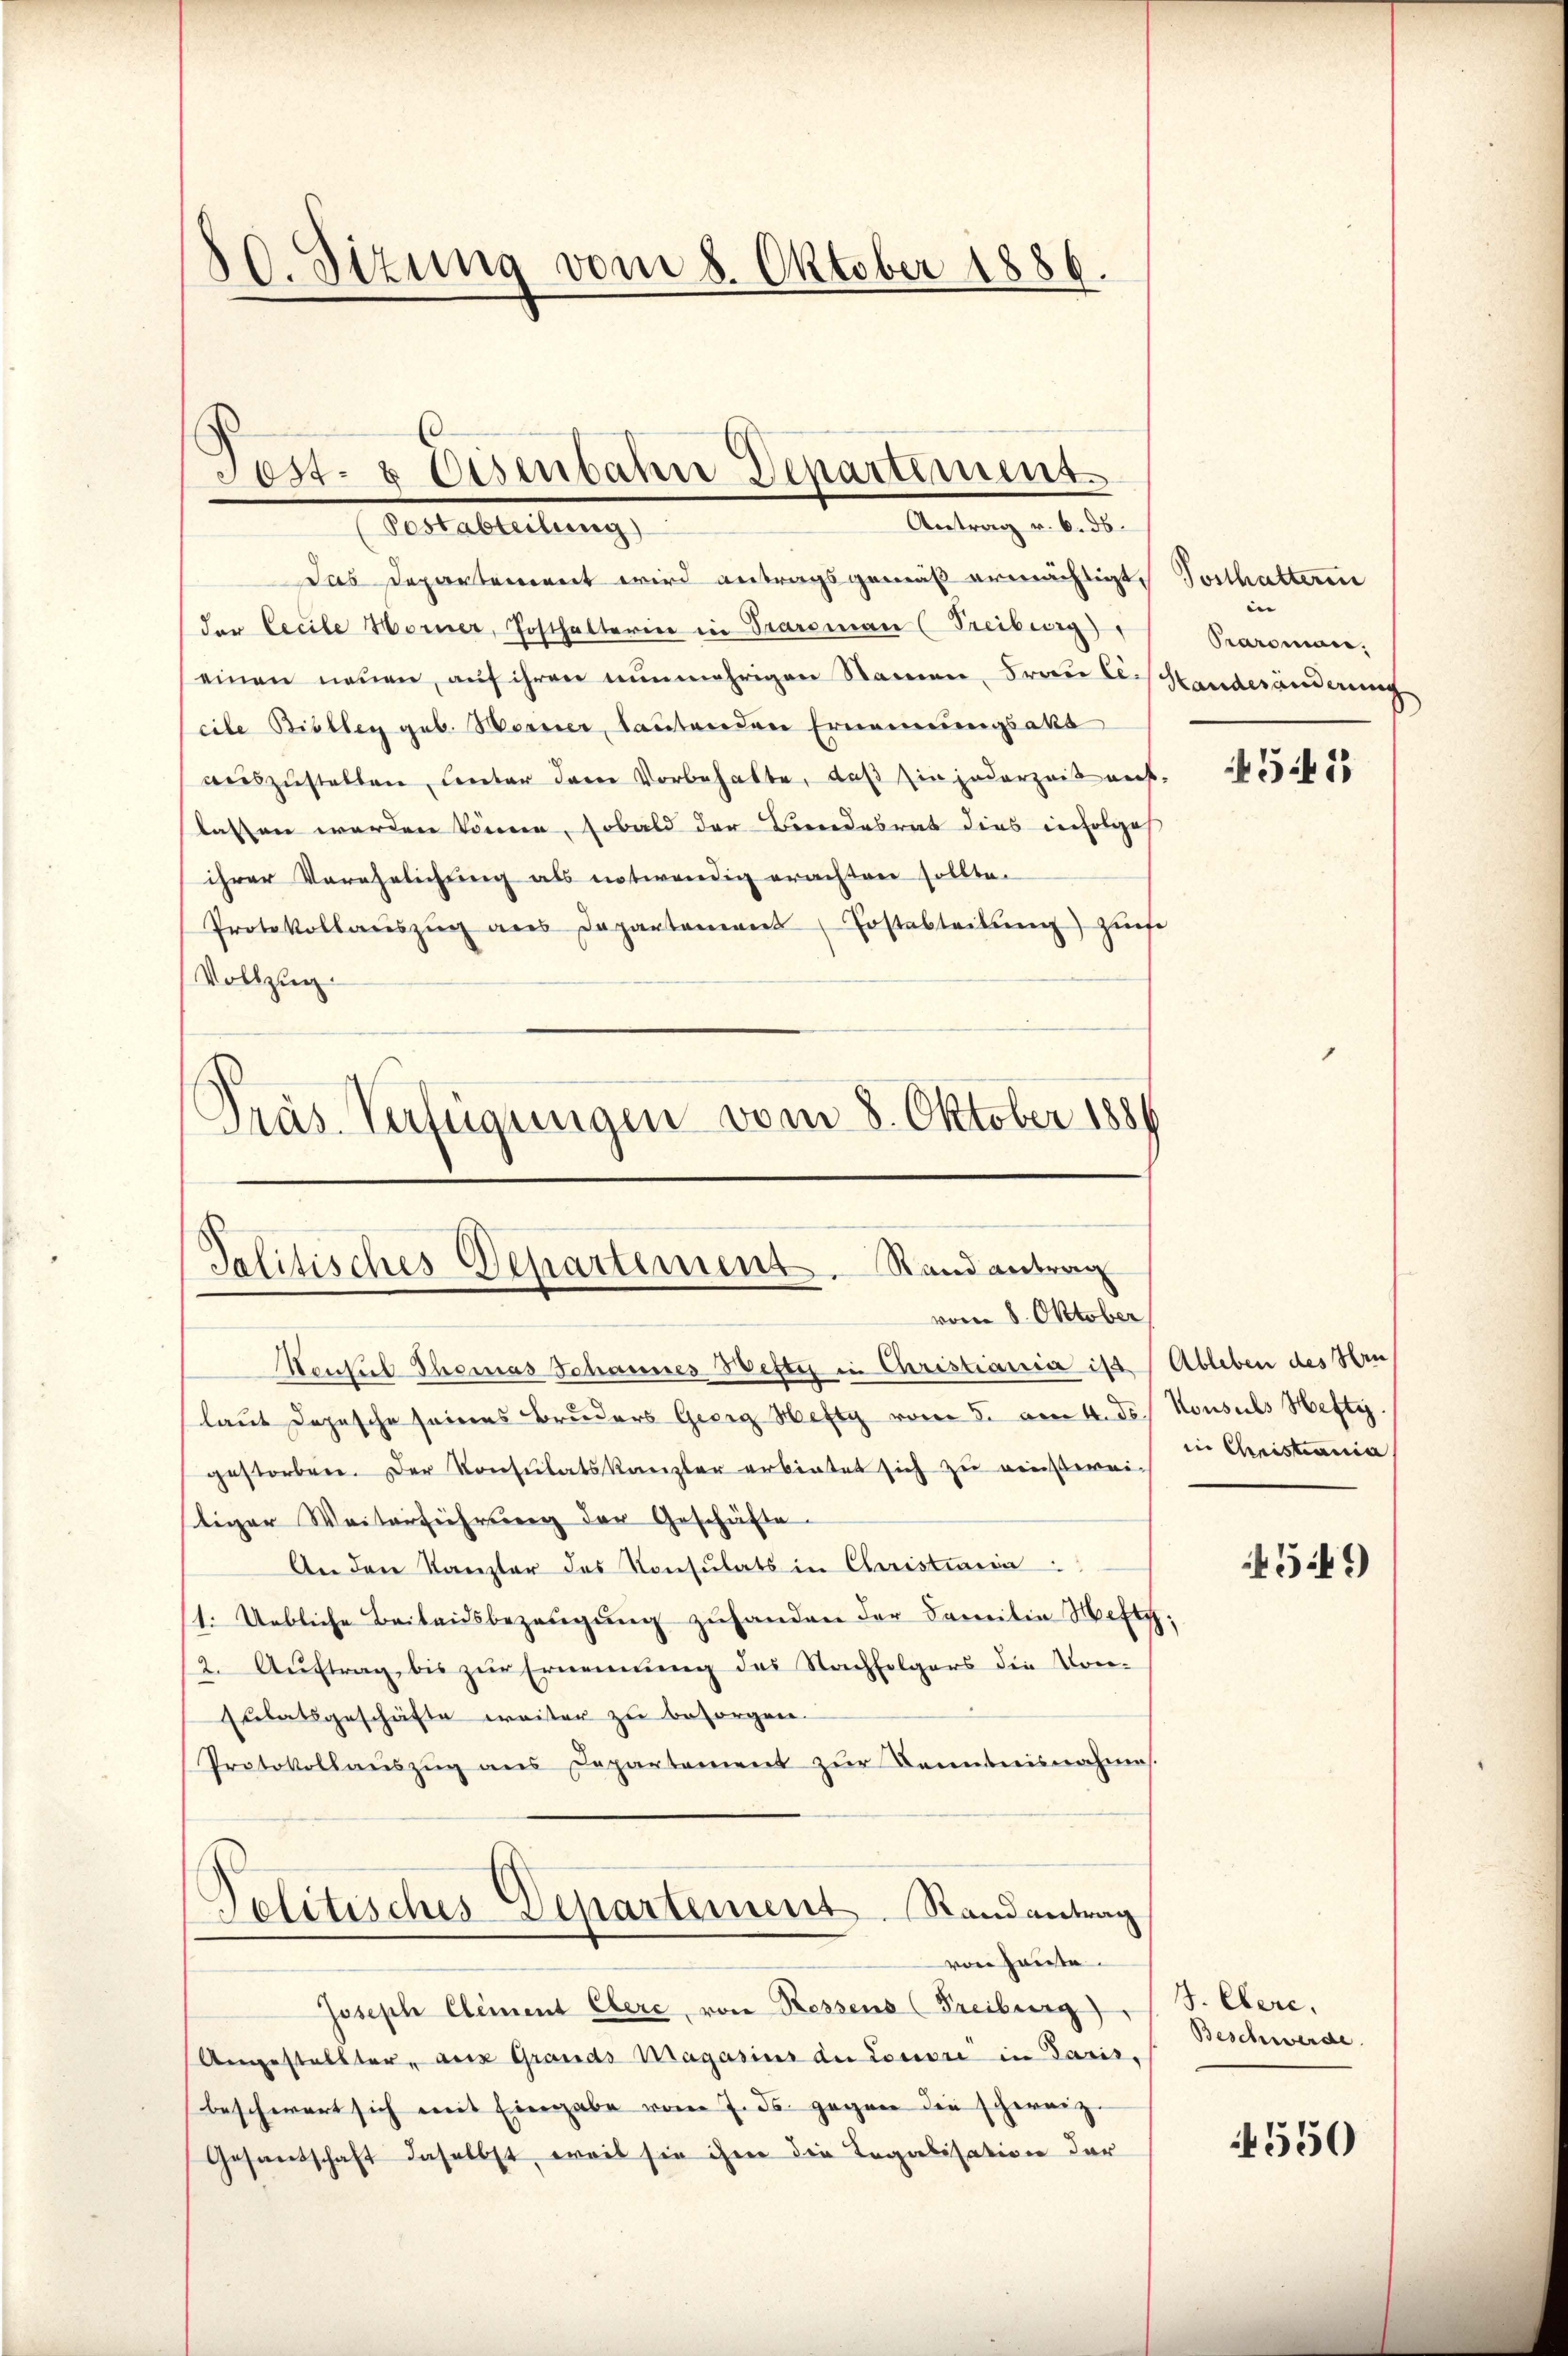
30. Sitzung vom 8. Oktober 1886.

Post- & Eisenbahn Departement
Antrag v. 6. ds.
ectabteilung

Das Departement wird antragsgemäß ermächtigt.
der Cecile Horner, Josthalterin in Traroman (Freiburg)
einen neuen, auf ihren nunmehrigen Namen, Frau Cesshanderänderung
cile Biolleg geb. Worner, lautenden Ernennungsakt
auszustellen, unter den Vorbehalte, daß Ein jederzeit auf-
lassen werden können, sobald der Beendesrat dies infolges
ihrer Verehelichung als notwendig erachten sollte.
Protokollaŭszŭg ans Departement (Postabteilŭng ziehe
Vollzug.
Präs. Verfügungen vom 8. Oktober 1889

Talitisches Departement. Stand antrag
vom 8. Oktober

Konsul Thomas Schannes Wetti in Christiania ist Ableben des Hrulaut Depesche seines Bruders Georg Hefty vom 5. vom 4. d. Konsuls Hefti
gestorben. Der Konsulatskanzler erbietet sich zu einstwei-
tiger Weiterführung der Geschäfte.
An den Kanzler des Konsulats in Christiaria
1. Uebliche Beitausbezeugung zuhanden der Familie Welt;
2. Auftrag, bis zur Ernennung des Nachfolgers die Kon¬
Eulatsgeschäfte weiter zu besorgen.
Protokollaŭszŭg ans Departement zŭr Kenntnisnahmes.
Politisches Departement Randantrag
von Hause.
Joseph Clement Ehere, von Ressens (Freiburg) S. Eere,
Ungestellter, aus Grands Magasius de Louvre in Paris,
beschwert sich mit Eingabe vom 7. ds. gegen die schweiz.
Gesandschaft daselbst, weil sie ihm die Legalisation der

Posthaltern
e
Paroman,

4541)

in Christiania

4549

Beschwerde

550